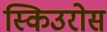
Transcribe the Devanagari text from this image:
स्किउरोस